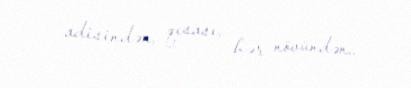
adisindən, qısası, hər növündən..